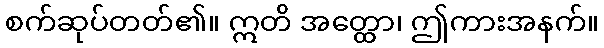
စက်ဆုပ်တတ်၏။ ဣတိ အတ္ထော၊ ဤကားအနက်။